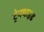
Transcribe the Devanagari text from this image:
ट्रेनथाइड